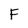
Character: F